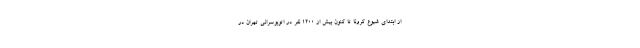
از ابتدای شیوع کرونا تا کنون بیش از ۱۲۰۰ نفر در اتوبوسرانی تهران در